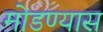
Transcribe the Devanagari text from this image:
मोडण्यास